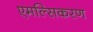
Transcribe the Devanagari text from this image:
एमल्सिकरण